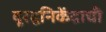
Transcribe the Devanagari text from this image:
दूरद्वनिकेंद्राची